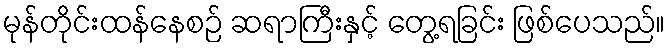
မုန်တိုင်းထန်နေစဉ် ဆရာကြီးနှင့် တွေ့ရခြင်း ဖြစ်ပေသည်။